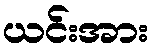
ယင်းအား